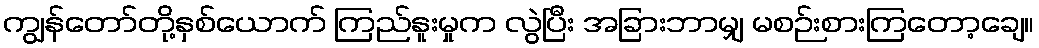
ကျွန်တော်တို့နှစ်ယောက် ကြည်နူးမှုက လွဲပြီး အခြားဘာမျှ မစဉ်းစားကြတော့ချေ။